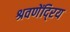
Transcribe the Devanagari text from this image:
श्रवणेंदि्रय